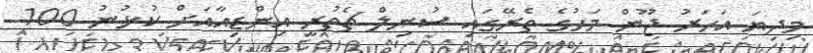
މިދިޔަ އަހަރު ޖޫން މަހުގެ ތެރޭގައި ސުނިލް ޗެތުރީ އިންޑިއާއަށް ކުޅުނު 100